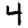
Digit: 4